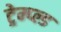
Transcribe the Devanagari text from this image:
ट्रेम्प्ल्ड